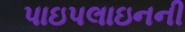
પાઇપલાઇનની